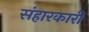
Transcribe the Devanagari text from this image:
संहारकारी